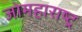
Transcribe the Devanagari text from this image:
जोमहाराष्ट्र